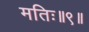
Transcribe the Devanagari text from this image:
मतिः॥९॥